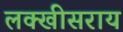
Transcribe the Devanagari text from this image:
लक्खीसराय